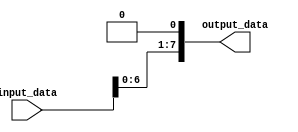
module GenerateFunction(
    input wire [7:0] input_data,
    output reg [7:0] output_data
);

always @* begin
    // Example mathematical function: output_data = input_data * 2
    output_data = input_data << 1;
end

endmodule